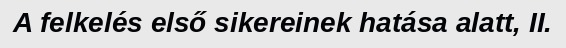
A felkelés első sikereinek hatása alatt, II.